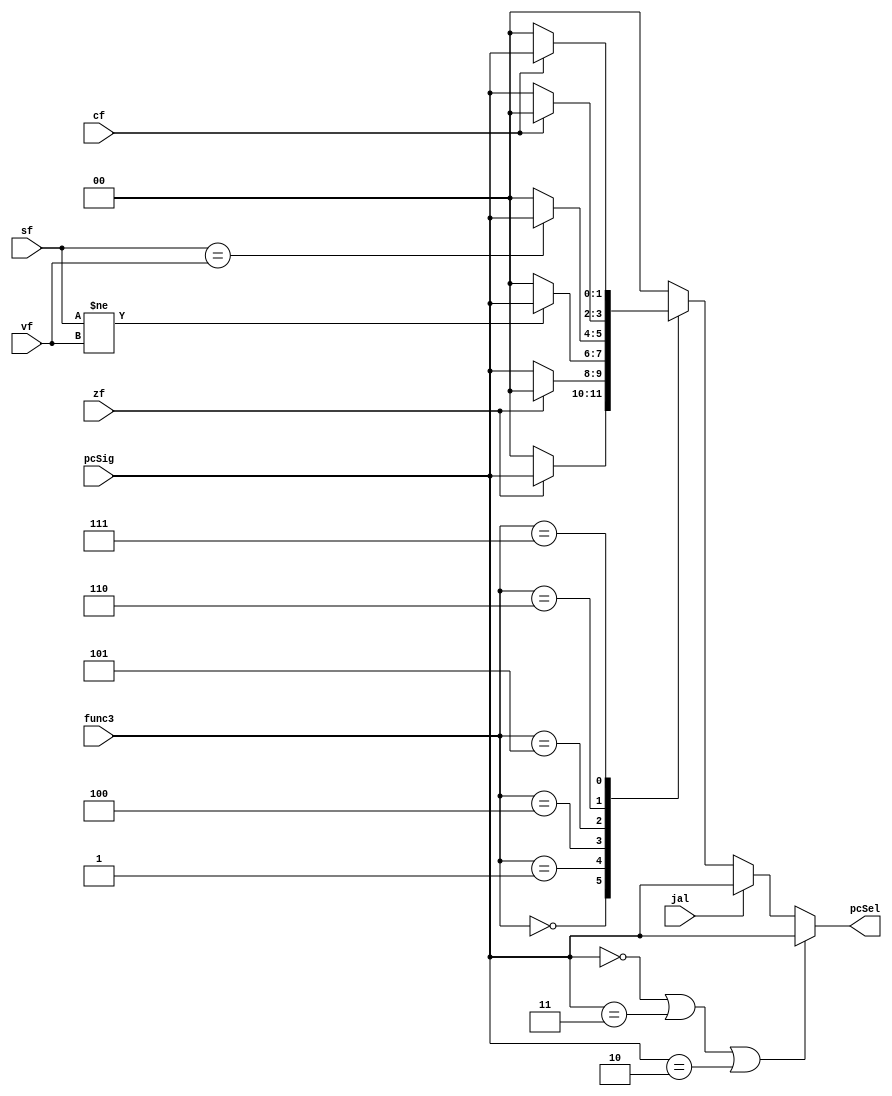
`timescale 1ns / 1ps
//////////////////////////////////////////////////////////////////////////////////
// Company: 
// Engineer: 
// 
// Design Name: 
// Module Name: branchModule
// Project Name: 
// Target Devices: 
// Tool Versions: 
// Description: Takes pcSig generated at Control module, func3 bits from instruction
// zero flag (zf), sign flag (sf), overflow flag (vf), carry flag (cf) and jal flag
// and decides the pcSel line for pc 00->pc+4, 01->pc+offset, 10->rs1+offset, 11->0
// Dependencies: 
// 
// Revision:
// Revision 0.01 - File Created
// Additional Comments:
// 
//////////////////////////////////////////////////////////////////////////////////


module branchModule(
    input      [2:0] func3,
    input      [1:0] pcSig,
    input            jal, zf, cf, vf, sf,
    output reg [1:0] pcSel
    );
    always @(*) begin
        if (pcSig == 2'b00 || pcSig == 2'b11 || pcSig == 2'b10) begin
            pcSel = pcSig;
        end 
        else begin
            if (jal) begin
                pcSel = pcSig;
            end 
            else begin
                case (func3)
                    3'b000: pcSel = (zf)?       pcSig : 2'b00; // BEQ
                    3'b001: pcSel = (~zf)?      pcSig : 2'b00; // BNE
                    3'b100: pcSel = (sf != vf)? pcSig : 2'b00; // BLT
                    3'b101: pcSel = (sf == vf)? pcSig : 2'b00; // BGE
                    3'b110: pcSel = (~cf)?      pcSig : 2'b00; // BLTU
                    3'b111: pcSel = (cf)?       pcSig : 2'b00; // BGEU
                    default: pcSel = 2'b00;
                endcase
            end
        end  
    end
endmodule